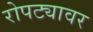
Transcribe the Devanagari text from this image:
रोपट्यावर